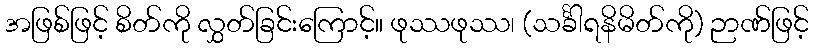
အဖြစ်ဖြင့် စိတ်ကို လွှတ်ခြင်းကြောင့်။ ဖုဿဖုဿ၊ (သင်္ခါရနိမိတ်ကို) ဉာဏ်ဖြင့်